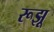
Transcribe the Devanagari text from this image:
रूझू